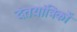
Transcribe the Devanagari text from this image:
दंतयांत्रिकों